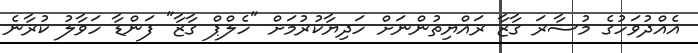
އެއްދުވަހުގެ މުސާރަ ގާޒާ ރައްޔިތުންނަށް ހަދިޔާކުރުމަށް "ހެލްޕް ގާޒާ" ފަންޑާ ހަވާލު ކުރާނެ